Leaving Certificate Examination (including Day School Certificate (Higher) General paper), 1933
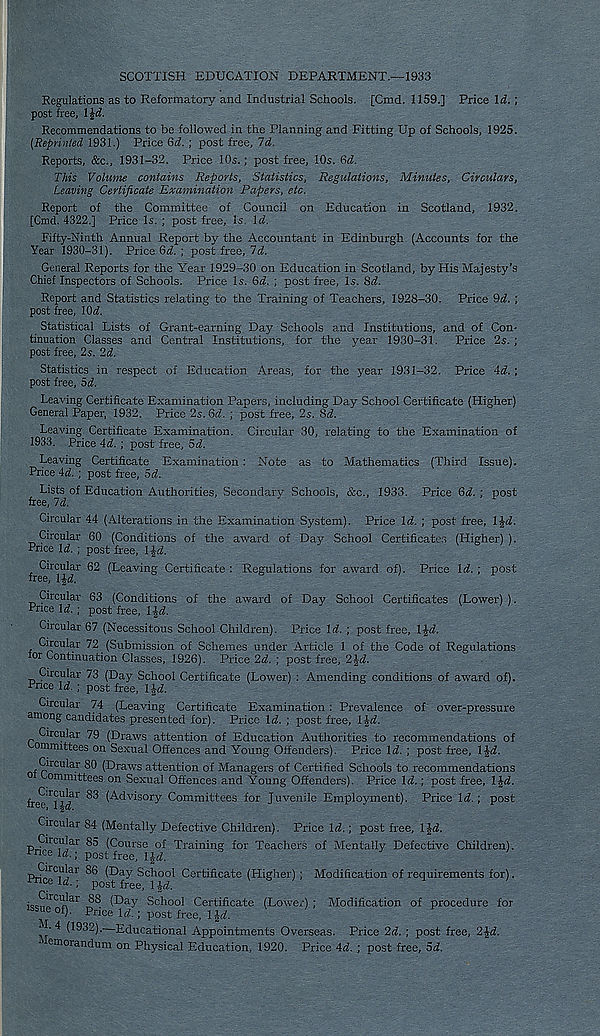
SCOTTISH EDUCATION DEPARTMENT.—1933
Regulations as to Reformatory and Industrial Schools. [Cmd. 1159.] Price \d. ;
post free, l\d.
Recommendations to be followed in the Planning and Fitting Up of Schools, 1925.
[Reprinted 1931.) Price &d. ; post free. Id.
Reports, &c., 1931-32. Price 10s.; post free, 10s. 6d.
This Volume contains Reports, Statistics, Regulations, Minutes, Circulars,
Leaving Certificate Examination Papers, etc.
Report of the Committee of Council on Education in Scotland, 1932.
[Cmd. 4322.] Price Is. ; post free. Is. \d.
Fifty-Ninth Annual Report by the Accountant in Edinburgh (Accounts for the
Year 1930-31). Price 6rf. ; post free, Id.
General Reports for the Year 1929-30 on Education in Scotland, by His Majesty’s
Chief Inspectors of Schools. Price Is. &d. ; post free. Is. &d.
Report and Statistics relating to the Training of Teachers, 1928-30. Price 9d. ;
post free, lOi.
Statistical Lists of Grant-earning Day Schools and Institutions, and of Con-
tinuation Classes and Central Institutions, for the year 1930-31. Price 2s. ;
post free, 2s. Id.
Statistics in respect of Education Areas, for the year 1931-32. Price id.-,
post free, 5d.
Leaving Certificate Examination Papers, including Day School Certificate (Higher)
General Paper, 1932. Price 2s.6fZ. ; post free, 2s. Sd.
Leaving Certificate Examination. Circular 30, relating to the Examination of
1933. Price Ad. ; post free, 5d.
Leaving Certificate Examination : Note as to Mathematics (Third Issue).
Price 4d. ; post free, 5d.
Lists of Education Authorities, Secondary Schools, &c., 1933. Price 6d.
free, 7d.
post
Circular 44 (Alterations in the Examination System). Price Id. ; post free, l£d.
Circular 60 (Conditions of the arvai'd of Darr School Certificates (Higher) ).
Price Id. ; post free, l$d.
Circular 62 (Leaving Certificate :
free, ltd.
Regulations for award of). Price Id. ; post
Circular 63 (Conditions of the award of Day School Certificates (Lower) ).
Price Id. ; post free, 1-Jd.
Circular 67 (Necessitous School Children). Price Id. ; post free, Ipd.
Circular 72 (Submission of Schemes under Article 1 of the Code of Regulations
for Continuation Classes, 1926). Price 2d. ; post free, 2J<7.
Circular 73 (Day School Certificate (Lower) : Amending conditions of award of).
Price Id. ; post free, l}d.
over-pressure
Circular 74 (Leaving Certificate Examination: Prevalence of
among candidates presented for). Price Id. ; post free, ltd.
Circular 79 (Draws attention of Education Authorities to recommendations of
ommittees on Sexual Offences and Young Offenders). Price Id. ; post free, ltd.
Circular 80 (Draws attention of Managers of Certified Schools to recommendations
omimttees on Sexual Offences and Young Offenders). Price Id.; post free, ltd.
fre^irjf 1 ' 83 (Advisory Committees for Juvenile Employment). Price Id.; post
Circular 84 (Mentally Defective Children). Price Id.; post free, 1 Jd.
Circular 85 (Course of Training for Teachers of Mentally Defective Children).
Price Id.; post fre e, 1J^,
S
*
’
Prii irc; J 1 l ar
(Day School Certificate (Higher) ; Modification of requirements for).
Pnceld.; post free, 1-Jd.
i oc^r
c 4j ar
(Day School Certificate (Lower) ; Modification of procedure for
issue of). Price Id.; post free, 1 id.
y
>'
‘ ^ (1932). Educational Appointments Overseas. Price 2d. ; post free, 2|-d.
1 emorandum on Physical Education, 1920. Price 4d. ; post free, 5d.